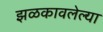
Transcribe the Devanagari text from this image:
झळकावलेल्या